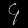
Digit: ၄